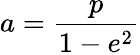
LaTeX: a={\frac{p}{1-e^{2}}}